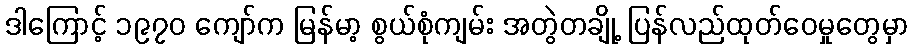
ဒါကြောင့် ၁၉၇၀ ကျော်က မြန်မာ့ စွယ်စုံကျမ်း အတွဲတချို့ ပြန်လည်ထုတ်ဝေမှုတွေမှာ